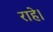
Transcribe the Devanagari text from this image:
राहे।